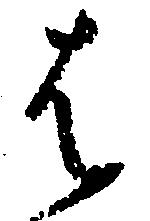
は